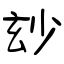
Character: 玅